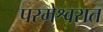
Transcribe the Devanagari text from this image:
परमेश्वरात